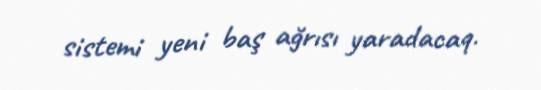
sistemi yeni baş ağrısı yaradacaq.